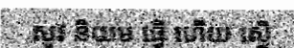
សូវ និយម ធ្វើ ហើយ ស្ទើ